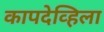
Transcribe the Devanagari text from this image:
कापदेव्हिला